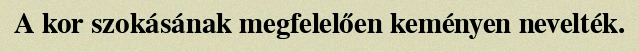
A kor szokásának megfelelően keményen nevelték.